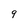
Character: 9